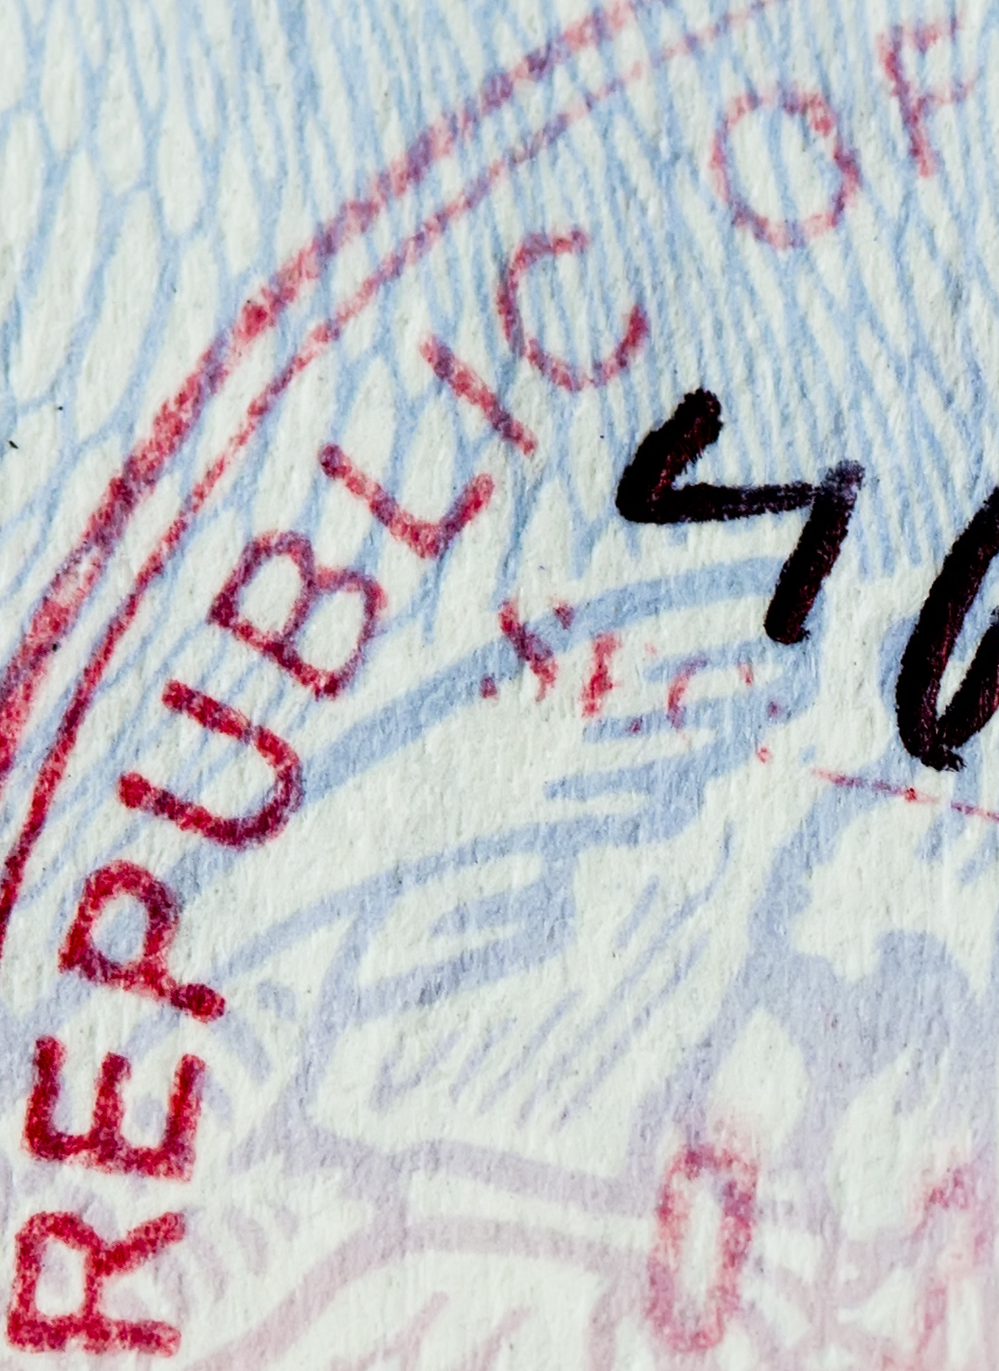
REPUBLIC OF